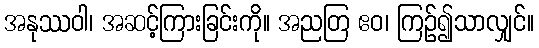
အနုဿဝါ၊ အဆင့်ကြားခြင်းကို။ အညတြ ဧဝ၊ ကြဉ်၍သာလျှင်။